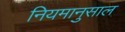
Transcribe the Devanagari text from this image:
नियमानुसाल